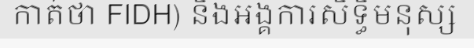
កាត់ថា FIDH) និងអង្គការសិទ្ធិមនុស្ស